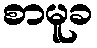
စာမူခ